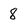
Character: 8